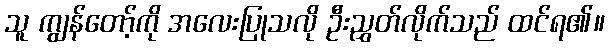
သူ ကျွန်တော့်ကို အလေးပြုသလို ဦးညွှတ်လိုက်သည် ထင်ရ၏။